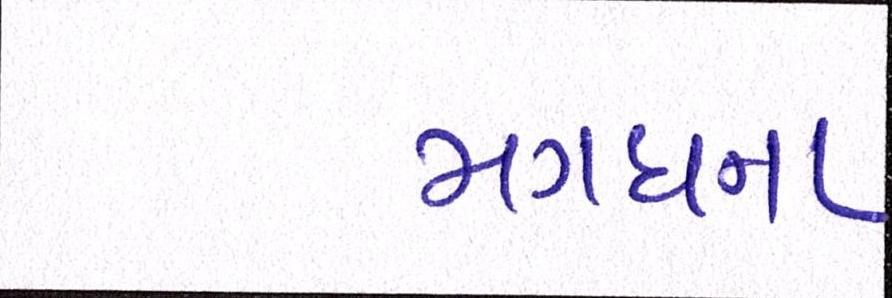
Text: મગધના